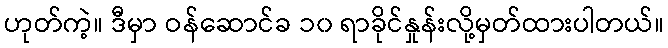
ဟုတ်ကဲ့။ ဒီမှာ ဝန်ဆောင်ခ ၁၀ ရာခိုင်နှုန်းလို့မှတ်ထားပါတယ်။